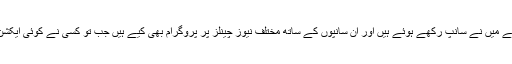
5 سال سے میں نے سانپ رکھے ہوئے ہیں اور ان سانپوں کے ساتھ مختلف نیوز چینلز پر پروگرام بھی کیے ہیں جب تو کسی نے کوئی ایکشن نہیں لیا۔